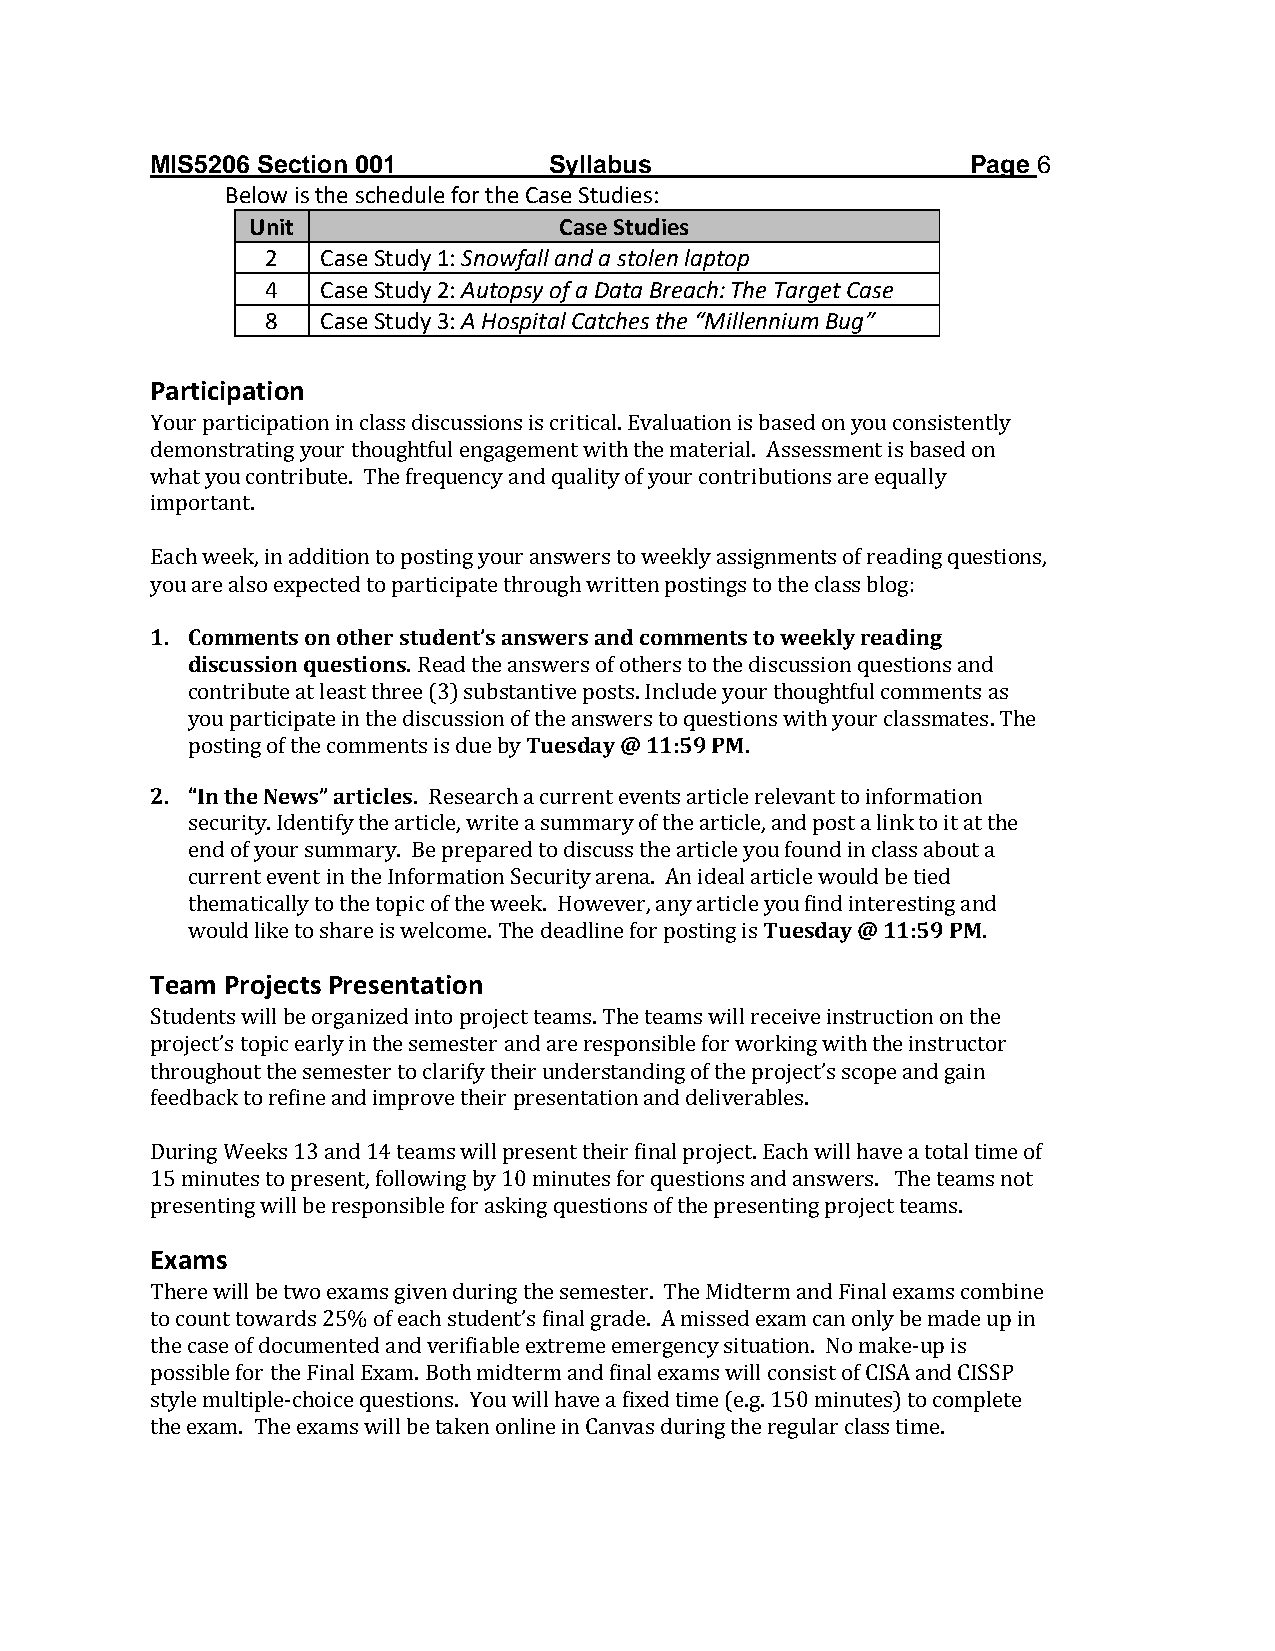
MIS5206 Section 001       Syllabus                    Page 6
 Below is the schedule for the Case Studies:
 Unit                 Case Studies
 2  Case Study 1: Snowfall and a stolen laptop
 4  Case Study 2: Autopsy of a Data Breach: The Target Case
 8  Case Study 3: A Hospital Catches the “Millennium Bug”
 Participation
 Your participation in class discussions is critical. Evaluation is based on you consistently
 demonstrating your thoughtful engagement with the material. Assessment is based on
 what you contribute. The frequency and quality of your contributions are equally
 important.
 Each week, in addition to posting your answers to weekly assignments of reading questions,
 you are also expected to participate through written postings to the class blog:
 1. Comments on other student’s answers and comments to weekly reading
 discussion questions. Read the answers of others to the discussion questions and
 contribute at least three (3) substantive posts. Include your thoughtful comments as
 you participate in the discussion of the answers to questions with your classmates. The
 posting of the comments is due by Tuesday @ 11:59 PM.
 2. “In the News” articles. Research a current events article relevant to information
 security. Identify the article, write a summary of the article, and post a link to it at the
 end of your summary. Be prepared to discuss the article you found in class about a
 current event in the Information Security arena. An ideal article would be tied
 thematically to the topic of the week. However, any article you find interesting and
 would like to share is welcome. The deadline for posting is Tuesday @ 11:59 PM.
 Team Projects Presentation
 Students will be organized into project teams. The teams will receive instruction on the
 project’s topic early in the semester and are responsible for working with the instructor
 throughout the semester to clarify their understanding of the project’s scope and gain
 feedback to refine and improve their presentation and deliverables.
 During Weeks 13 and 14 teams will present their final project. Each will have a total time of
 15 minutes to present, following by 10 minutes for questions and answers. The teams not
 presenting will be responsible for asking questions of the presenting project teams.
 Exams
 There will be two exams given during the semester. The Midterm and Final exams combine
 to count towards 25% of each student’s final grade. A missed exam can only be made up in
 the case of documented and verifiable extreme emergency situation. No make-up is
 possible for the Final Exam. Both midterm and final exams will consist of CISA and CISSP
 style multiple-choice questions. You will have a fixed time (e.g. 150 minutes) to complete
 the exam. The exams will be taken online in Canvas during the regular class time.